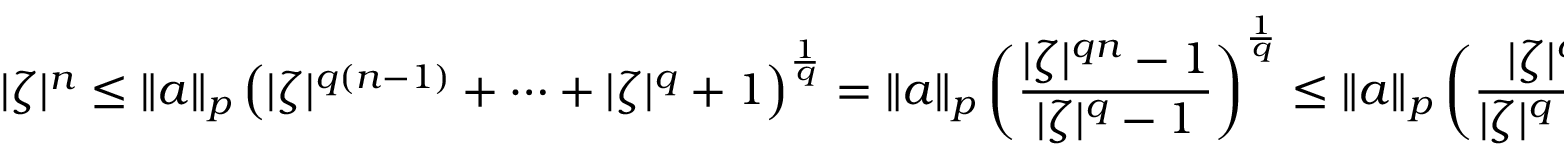
| \zeta | ^ { n } \leq \| a \| _ { p } \left( | \zeta | ^ { q ( n - 1 ) } + \cdots + | \zeta | ^ { q } + 1 \right) ^ { \frac { 1 } { q } } = \| a \| _ { p } \left( { \frac { | \zeta | ^ { q n } - 1 } { | \zeta | ^ { q } - 1 } } \right) ^ { \frac { 1 } { q } } \leq \| a \| _ { p } \left( { \frac { | \zeta | ^ { q n } } { | \zeta | ^ { q } - 1 } } \right) ^ { \frac { 1 } { q } } ,